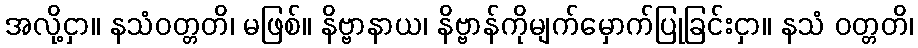
အလို့ငှာ။ နသံဝတ္တတိ၊ မဖြစ်။ နိဗ္ဗာနာယ၊ နိဗ္ဗာန်ကိုမျက်မှောက်ပြုခြင်းငှာ။ နသံ ဝတ္တတိ၊